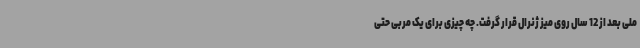
ملی بعد از 12 سال روی میز ژنرال قرار گرفت. چه چیزی برای یک مربی حتی